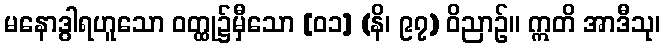
မနောဒွါရဟူသော ဝတ္ထု၌မှီသော [၀၁] (နိ၊ ၉၇) ဝိညာဉ်။ ဣတိ အာဒီသု၊